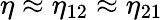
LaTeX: \eta\approx\eta_{12}\approx\eta_{21}